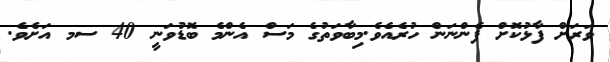
ވަރަށް ފާޅުކޮށް ފެންނަން ހުރެއެވެ.މިބާވަތުގެ މަސް އެންމެ ބޮޑުވަނީ 40 ސމ އަށެވެ.